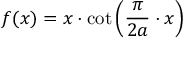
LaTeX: f ( x ) = x \cdot \cot \left( { \frac { \pi } { 2 a } } \cdot x \right)